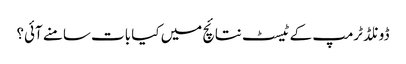
ڈونلڈ ٹرمپ کے ٹیسٹ نتائچ میں کیا بات سامنے آئی؟